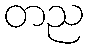
တည